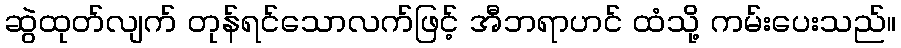
ဆွဲထုတ်လျက် တုန်ရင်သောလက်ဖြင့် အီဘရာဟင် ထံသို့ ကမ်းပေးသည်။